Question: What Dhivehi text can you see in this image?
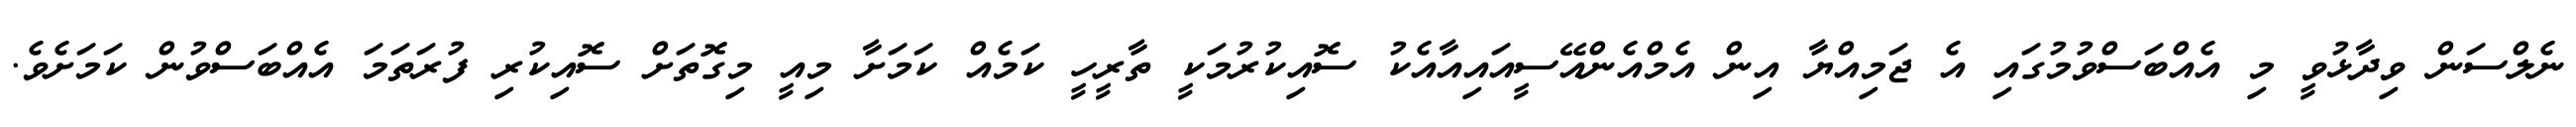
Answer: ނެލްސަން ވިދާޅުވީ މި އެއްބަސްވުމުގައި އެ ޖަމިއްޔާ އިން އެމްއެންއޭސީއައިއާއެކު ސޮއިކުރުމަކީ ތާރީހީ ކަމެއް ކަމަށާ މިއީ މިގޮތަށް ސޮއިކުރި ފުރަތަމަ އެއްބަސްވުން ކަމަށެވެ.